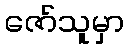
ဇော်သူမှာ